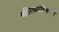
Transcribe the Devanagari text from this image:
अतिरेक्यांविरूध्द